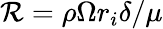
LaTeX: \mathcal{R}=\rho\Omega r_{i}\delta/\mu